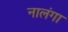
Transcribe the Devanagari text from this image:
नालंगा